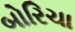
બોરિચા